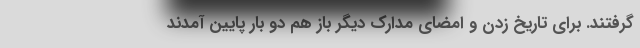
گرفتند. برای تاریخ زدن و امضای مدارک دیگر باز هم دو بار پایین آمدند